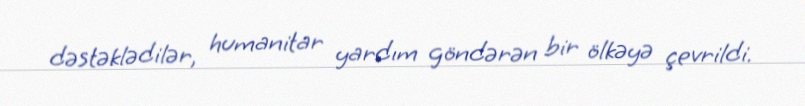
dəstəklədilər, humanitar yardım göndərən bir ölkəyə çevrildi.